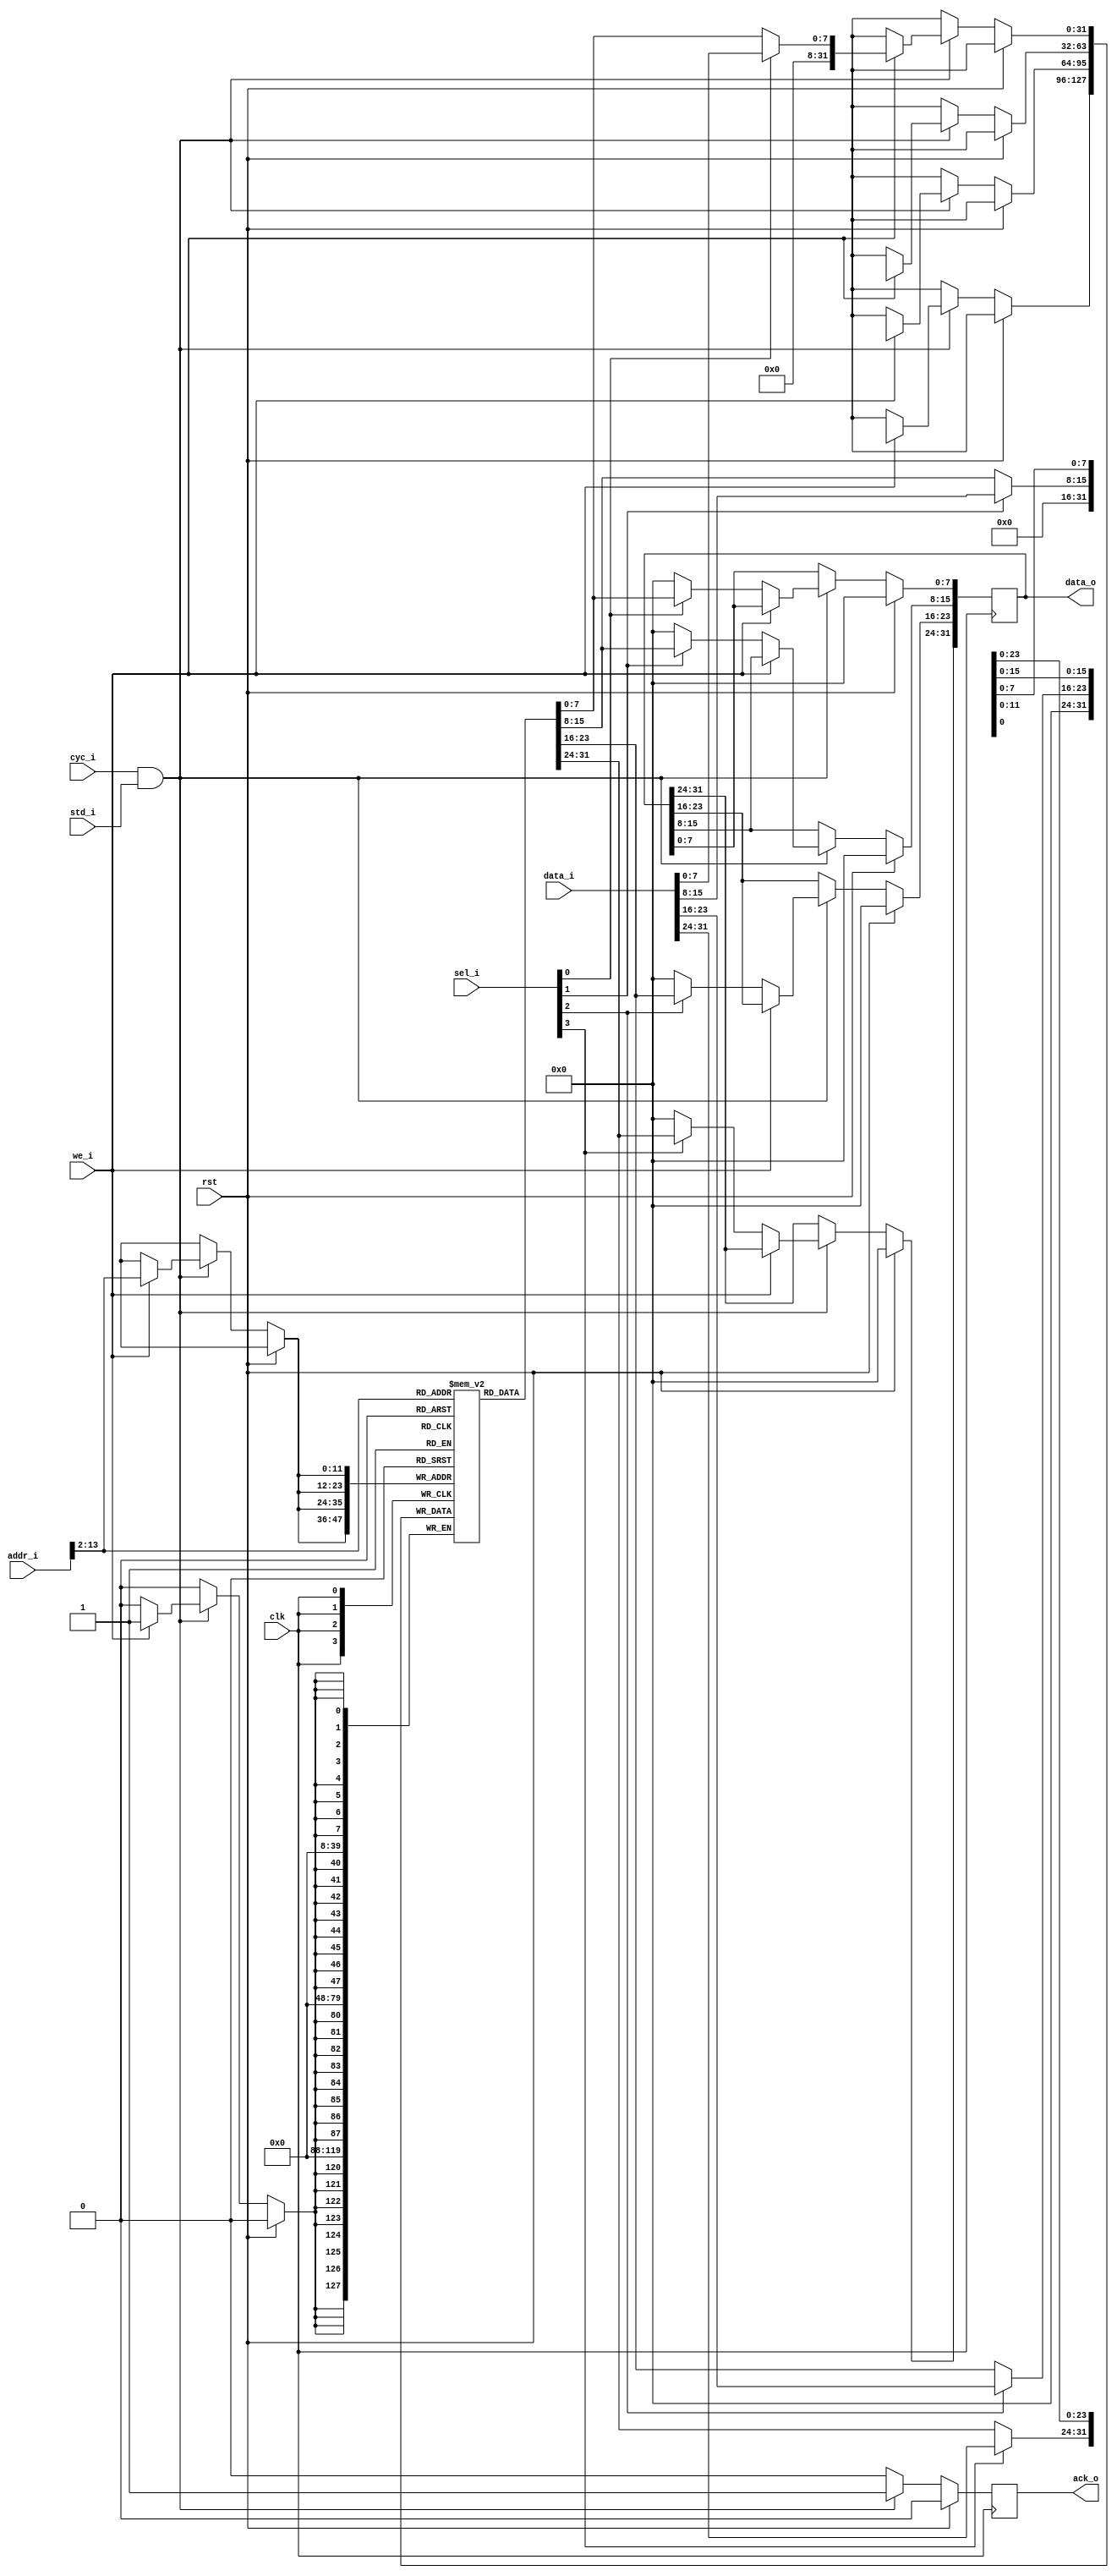
module DATARAM (clk,
		rst,
		addr_i,
		data_i,
		we_i,
		sel_i,
		std_i,
		cyc_i,
		data_o,
		ack_o);

input  clk, rst, we_i;
input  std_i, cyc_i;
input  [3:0] sel_i;
input  [31:0] addr_i, data_i;

output reg ack_o;
output reg [31:0] data_o;

reg [31:0] RAM [0:4095];

wire [31:0] addr_real;

assign addr_real = addr_i >> 2;

always @(posedge clk) begin
    if (rst) begin
	data_o <= 32'h0;
	ack_o <= 1'b0;
    end
    else begin
	if (cyc_i && std_i) begin
	    ack_o <= 1'b1;
	    if (!we_i) begin
		data_o[7:0] <= sel_i[0] ? RAM[addr_real][7:0] : 8'b0;
		data_o[15:8] <= sel_i[1] ? RAM[addr_real][15:8] : 8'b0;
		data_o[23:16] <= sel_i[2] ? RAM[addr_real][23:16] : 8'b0;
		data_o[31:24] <= sel_i[3] ? RAM[addr_real][31:24] : 8'b0;
	    end
	    else begin
		RAM[addr_real][7:0]   <= sel_i[0] ? data_i[7:0]   : RAM[addr_real][7:0];
		RAM[addr_real][15:8]  <= sel_i[1] ? data_i[15:8]  : RAM[addr_real][15:8];
		RAM[addr_real][23:16] <= sel_i[2] ? data_i[23:16] : RAM[addr_real][23:16];
		RAM[addr_real][31:24] <= sel_i[3] ? data_i[31:24] : RAM[addr_real][31:24];
	    end
	end
	else begin
	    ack_o <= 1'b0;
	    //data_o <= 32'h0;
        end
    end
end

endmodule